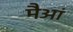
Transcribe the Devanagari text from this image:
मैआं